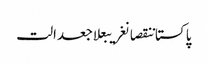
پاکستاننقصانغریبعلاجعدالت